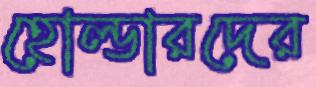
হোল্ডারদের